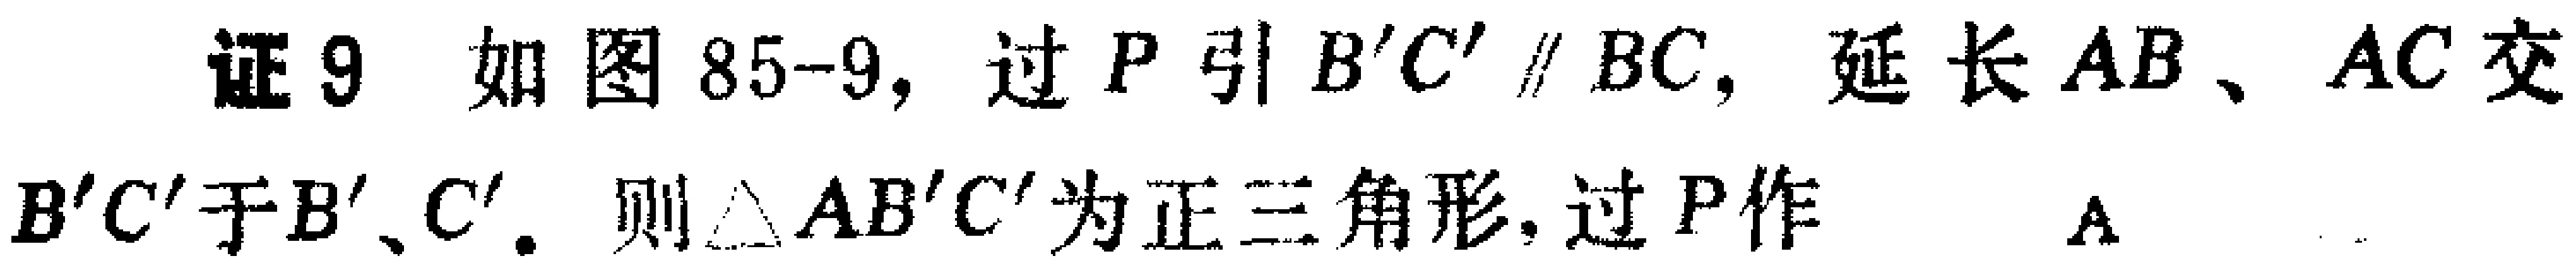
证9 如图85-9, 过$P$引$B'C'\parallel BC$, 延长$AB$、$AC$交$B'C'$于$B'$、$C'$. 则$\triangle AB'C'$为正三角形, 过$P$作  $A$